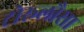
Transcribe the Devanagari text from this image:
टोरूलौसा